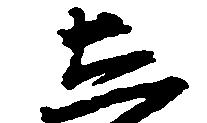
し